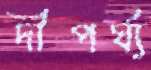
দীপর্ঘ্য